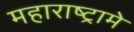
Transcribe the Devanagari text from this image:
महाराष्ट्रामे